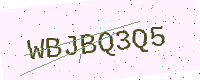
Text: WBJBQ3Q5